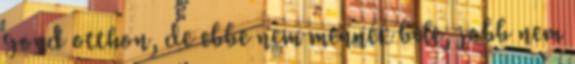
gond otthon, de ebbe nem mennék bele, jobb nem